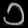
Digit: ၁